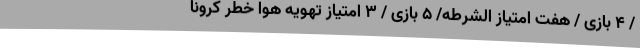
/ ۴ بازی / هفت امتیاز الشرطه/ ۵ بازی / ۳ امتیاز تهویه هوا خطر کرونا